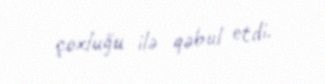
çoxluğu ilə qəbul etdi.